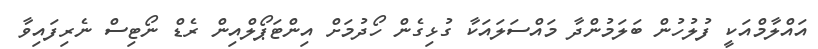
އައްލާމްއަކީ ފުލުހުން ބަލަމުންދާ މައްސަލައަކާ ގުޅިގެން ހޯދުމަށް އިންޓަޕޯލްއިން ރެޑް ނޯޓިސް ނެރިފައިވާ